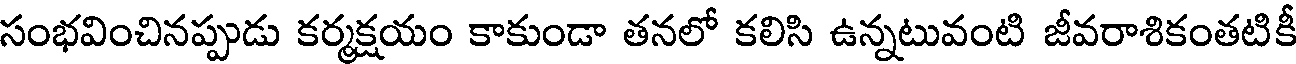
సంభవించినప్పుడు కర్మక్షయం కాకుండా తనలో కలిసి ఉన్నటువంటి జీవరాశికంతటికీ